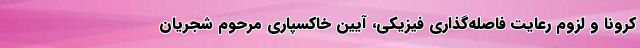
کرونا و لزوم رعایت فاصله‌گذاری فیزیکی، آیین خاکسپاری مرحوم شجریان